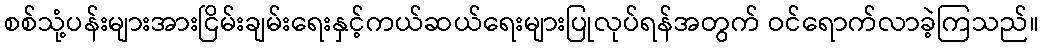
စစ်သုံ့ပန်းများအားငြိမ်းချမ်းရေးနှင့်ကယ်ဆယ်ရေးများပြုလုပ်ရန်အတွက် ဝင်ရောက်လာခဲ့ကြသည်။